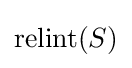
\operatorname {relint} (S)